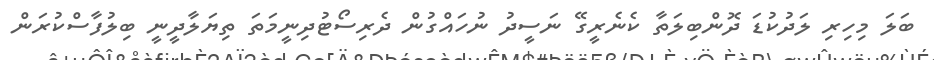
ބަލަ މިހިރި ލަދުކުޑަ ދޮންބިލަތާ ކެނެރީގޭ ނަސީދު ނުހައްގުން ދެރިސޯޓުދިނީމަތަ ތިޔަލާދީނީ ބިލުފާސްކުރަން